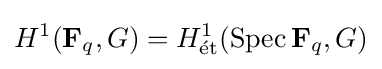
H^{1}(\mathbf {F} _{q},G)=H_{\mathrm {{\acute {e}}t} }^{1}(\operatorname {Spec} \mathbf {F} _{q},G)